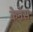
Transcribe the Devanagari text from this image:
केनेस